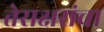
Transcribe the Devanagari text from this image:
तेराक्षरांचा